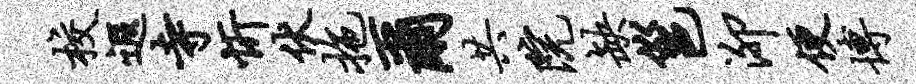
校遐寺忻伏拖尔共院缺邕泖便博